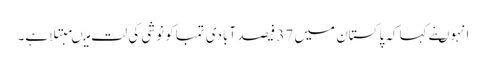
انہوںنے کہاکہ پاکستان میں 37 فیصد آبادی تمباکو نوشی کی لت میںمبتلا ہے۔